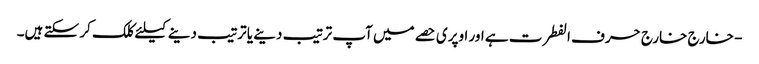
- خارج خارج حرف الفطرت ہے اور اوپری حصے میں آپ ترتیب دینے یا ترتیب دینے کیلئے کلک کر سکتے ہیں۔